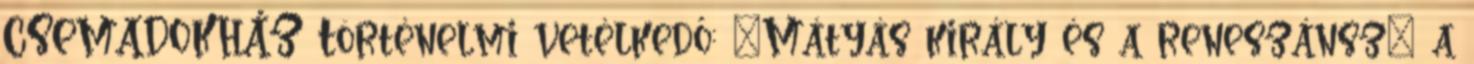
CSEMADOKHÁZ Történelmi vetélkedő: „Mátyás király és a reneszánsz” a